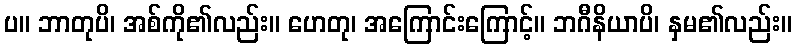
ပ။ ဘာတုပိ၊ အစ်ကို၏လည်း။ ဟေတု၊ အကြောင်းကြောင့်။ ဘဂီနိယာပိ၊ နှမ၏လည်း။